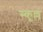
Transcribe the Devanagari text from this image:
स्कूल्लं